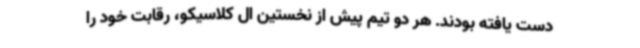
دست یافته بودند. هر دو تیم پیش از نخستین ال کلاسیکو، رقابت خود را